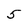
Character: 5